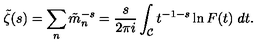
\tilde { \zeta } ( s ) = \sum _ { n } \tilde { m } _ { n } ^ { - s } = { \frac { s } { 2 \pi i } } \int _ { \cal C } t ^ { - 1 - s } \ln F ( t ) \ d t .